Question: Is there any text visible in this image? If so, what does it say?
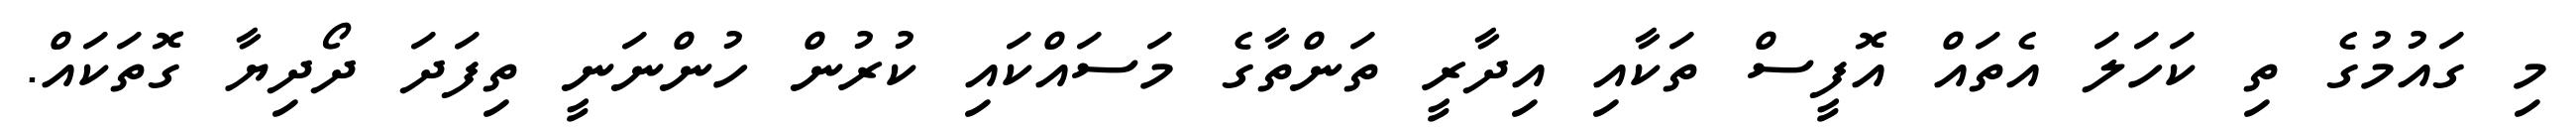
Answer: މި ގައުމުގެ ތި ކަހަލަ އެތައް އޮފީސް ތަކާއި އިދާރީ ތަންތާގެ މަސައްކައި ކުރުން ހުންނަނީ ތިފަދަ ދޯދިޔާ ގޮތަކައް.